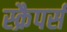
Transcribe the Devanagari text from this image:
स्क्रैपर्स